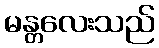
မန္တလေးသည်